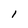
Character: 1